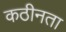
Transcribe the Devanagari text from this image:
कठीनता